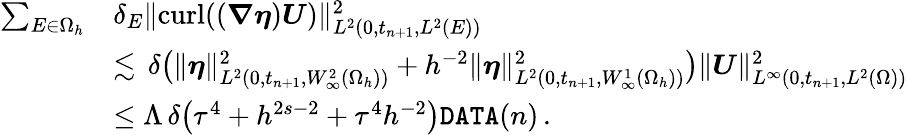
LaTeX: \begin{array}{rl}{\sum_{E\in\Omega_{h}}}&{\delta_{E}\| {\mathrm{curl}}((\boldsymbol{\nabla}\boldsymbol{\eta})\boldsymbol{U})\| _{L^{2}(0,t_{n+1},L^{2}(E))}^{2}}\\ &{\lesssim\, \delta\bigl(\| \boldsymbol{\eta}\| _{L^{2}(0,t_{n+1},W_{\infty}^{2}(\Omega_{h}))}^{2}+h^{-2}\| \boldsymbol{\eta}\| _{L^{2}(0,t_{n+1},W_{\infty}^{1}(\Omega_{h}))}^{2}\bigr)\| \boldsymbol{U}\| _{L^{\infty}(0,t_{n+1},L^{2}(\Omega))}^{2}}\\ &{\leq\Lambda\, \delta\big(\tau^{4}+h^{2s-2}+\tau^{4}h^{-2}\big)\texttt{DATA}(n)\, .}\end{array}